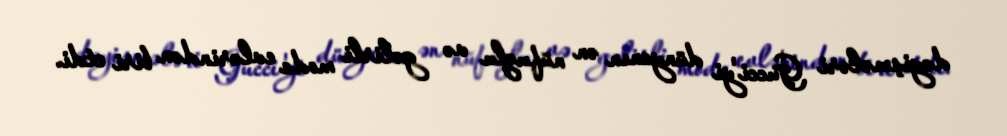
dəyişmələri Gucci'yi dünyanın ən nüfuzlu və gəlirli moda evlərindən biri etdi.